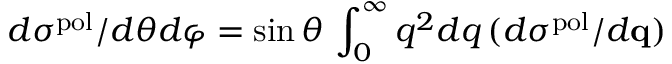
d \sigma ^ { \mathrm { p o l } } / d \theta d \varphi = \sin \theta \, \int _ { 0 } ^ { \infty } q ^ { 2 } d q \, ( d \sigma ^ { \mathrm { p o l } } / d { \bf q } )